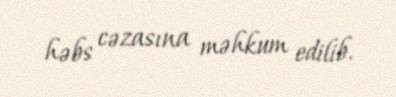
həbs cəzasına məhkum edilib.